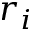
r _ { i }